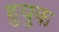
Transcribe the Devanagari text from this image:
हुयुक